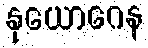
နုယောဂေန